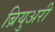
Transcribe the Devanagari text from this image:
ब्रियुअरी